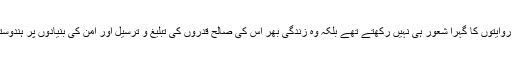
پنڈت آنند نرائن ملّا ہندوستان کی لازوال تہذیبی، مذہبی، اور اخلاقی روایتوں کا گہرا شعور ہی نہیں رکھتے تھے بلکہ وہ زندگی بھر اس کی صالح قدروں کی تبلیغ و ترسیل اور امن کی بنیادوں پر ہندوستانی معاشرے کی تشکیل کے لئے اپنا خون جگر تحلیل کرتے رہے۔